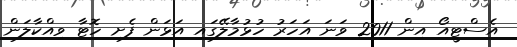
އެސްޓީއޯ އިން 2011 ވަނަ އަހަރު ހުޅުމާލޭގައި އަޅަން ފެށި ހޮޓާ ވިއްކާލަން